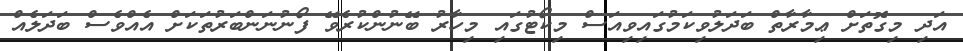
އަދި މިގޮތަށް ޢިމާރާތް ބަދަލުވިކަމުގައިވިއަސް މިކޯޓުގައި މިހާރު ބޭނުންކުރެވޭ ފޯނުނަންބަރުތަކަށް އެއްވެސް ބަދަލެއް